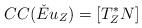
LaTeX: \begin{align*} CC(\check{E}u_Z) = \left[T^*_ZN\right]\end{align*}